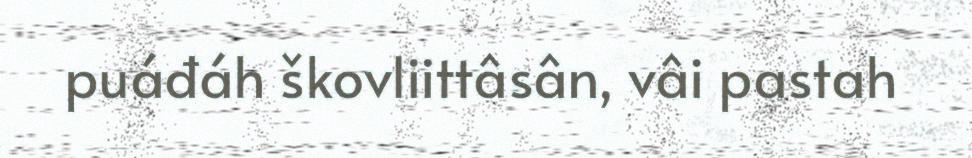
puáđáh škovliittâsân, vâi pastah